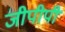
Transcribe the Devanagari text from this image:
जीपीपी